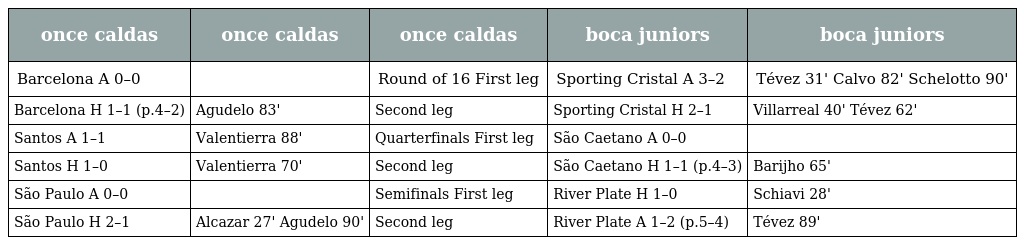
| once caldas | once caldas | once caldas | boca juniors | boca juniors |
 | --- | --- | --- | --- | --- |
 | Barcelona A 0–0 |  | Round of 16 First leg | Sporting Cristal A 3–2 | Tévez 31' Calvo 82' Schelotto 90' |
 | Barcelona H 1–1 (p.4–2) | Agudelo 83' | Second leg | Sporting Cristal H 2–1 | Villarreal 40' Tévez 62' |
 | Santos A 1–1 | Valentierra 88' | Quarterfinals First leg | São Caetano A 0–0 |  |
 | Santos H 1–0 | Valentierra 70' | Second leg | São Caetano H 1–1 (p.4–3) | Barijho 65' |
 | São Paulo A 0–0 |  | Semifinals First leg | River Plate H 1–0 | Schiavi 28' |
 | São Paulo H 2–1 | Alcazar 27' Agudelo 90' | Second leg | River Plate A 1–2 (p.5–4) | Tévez 89' |